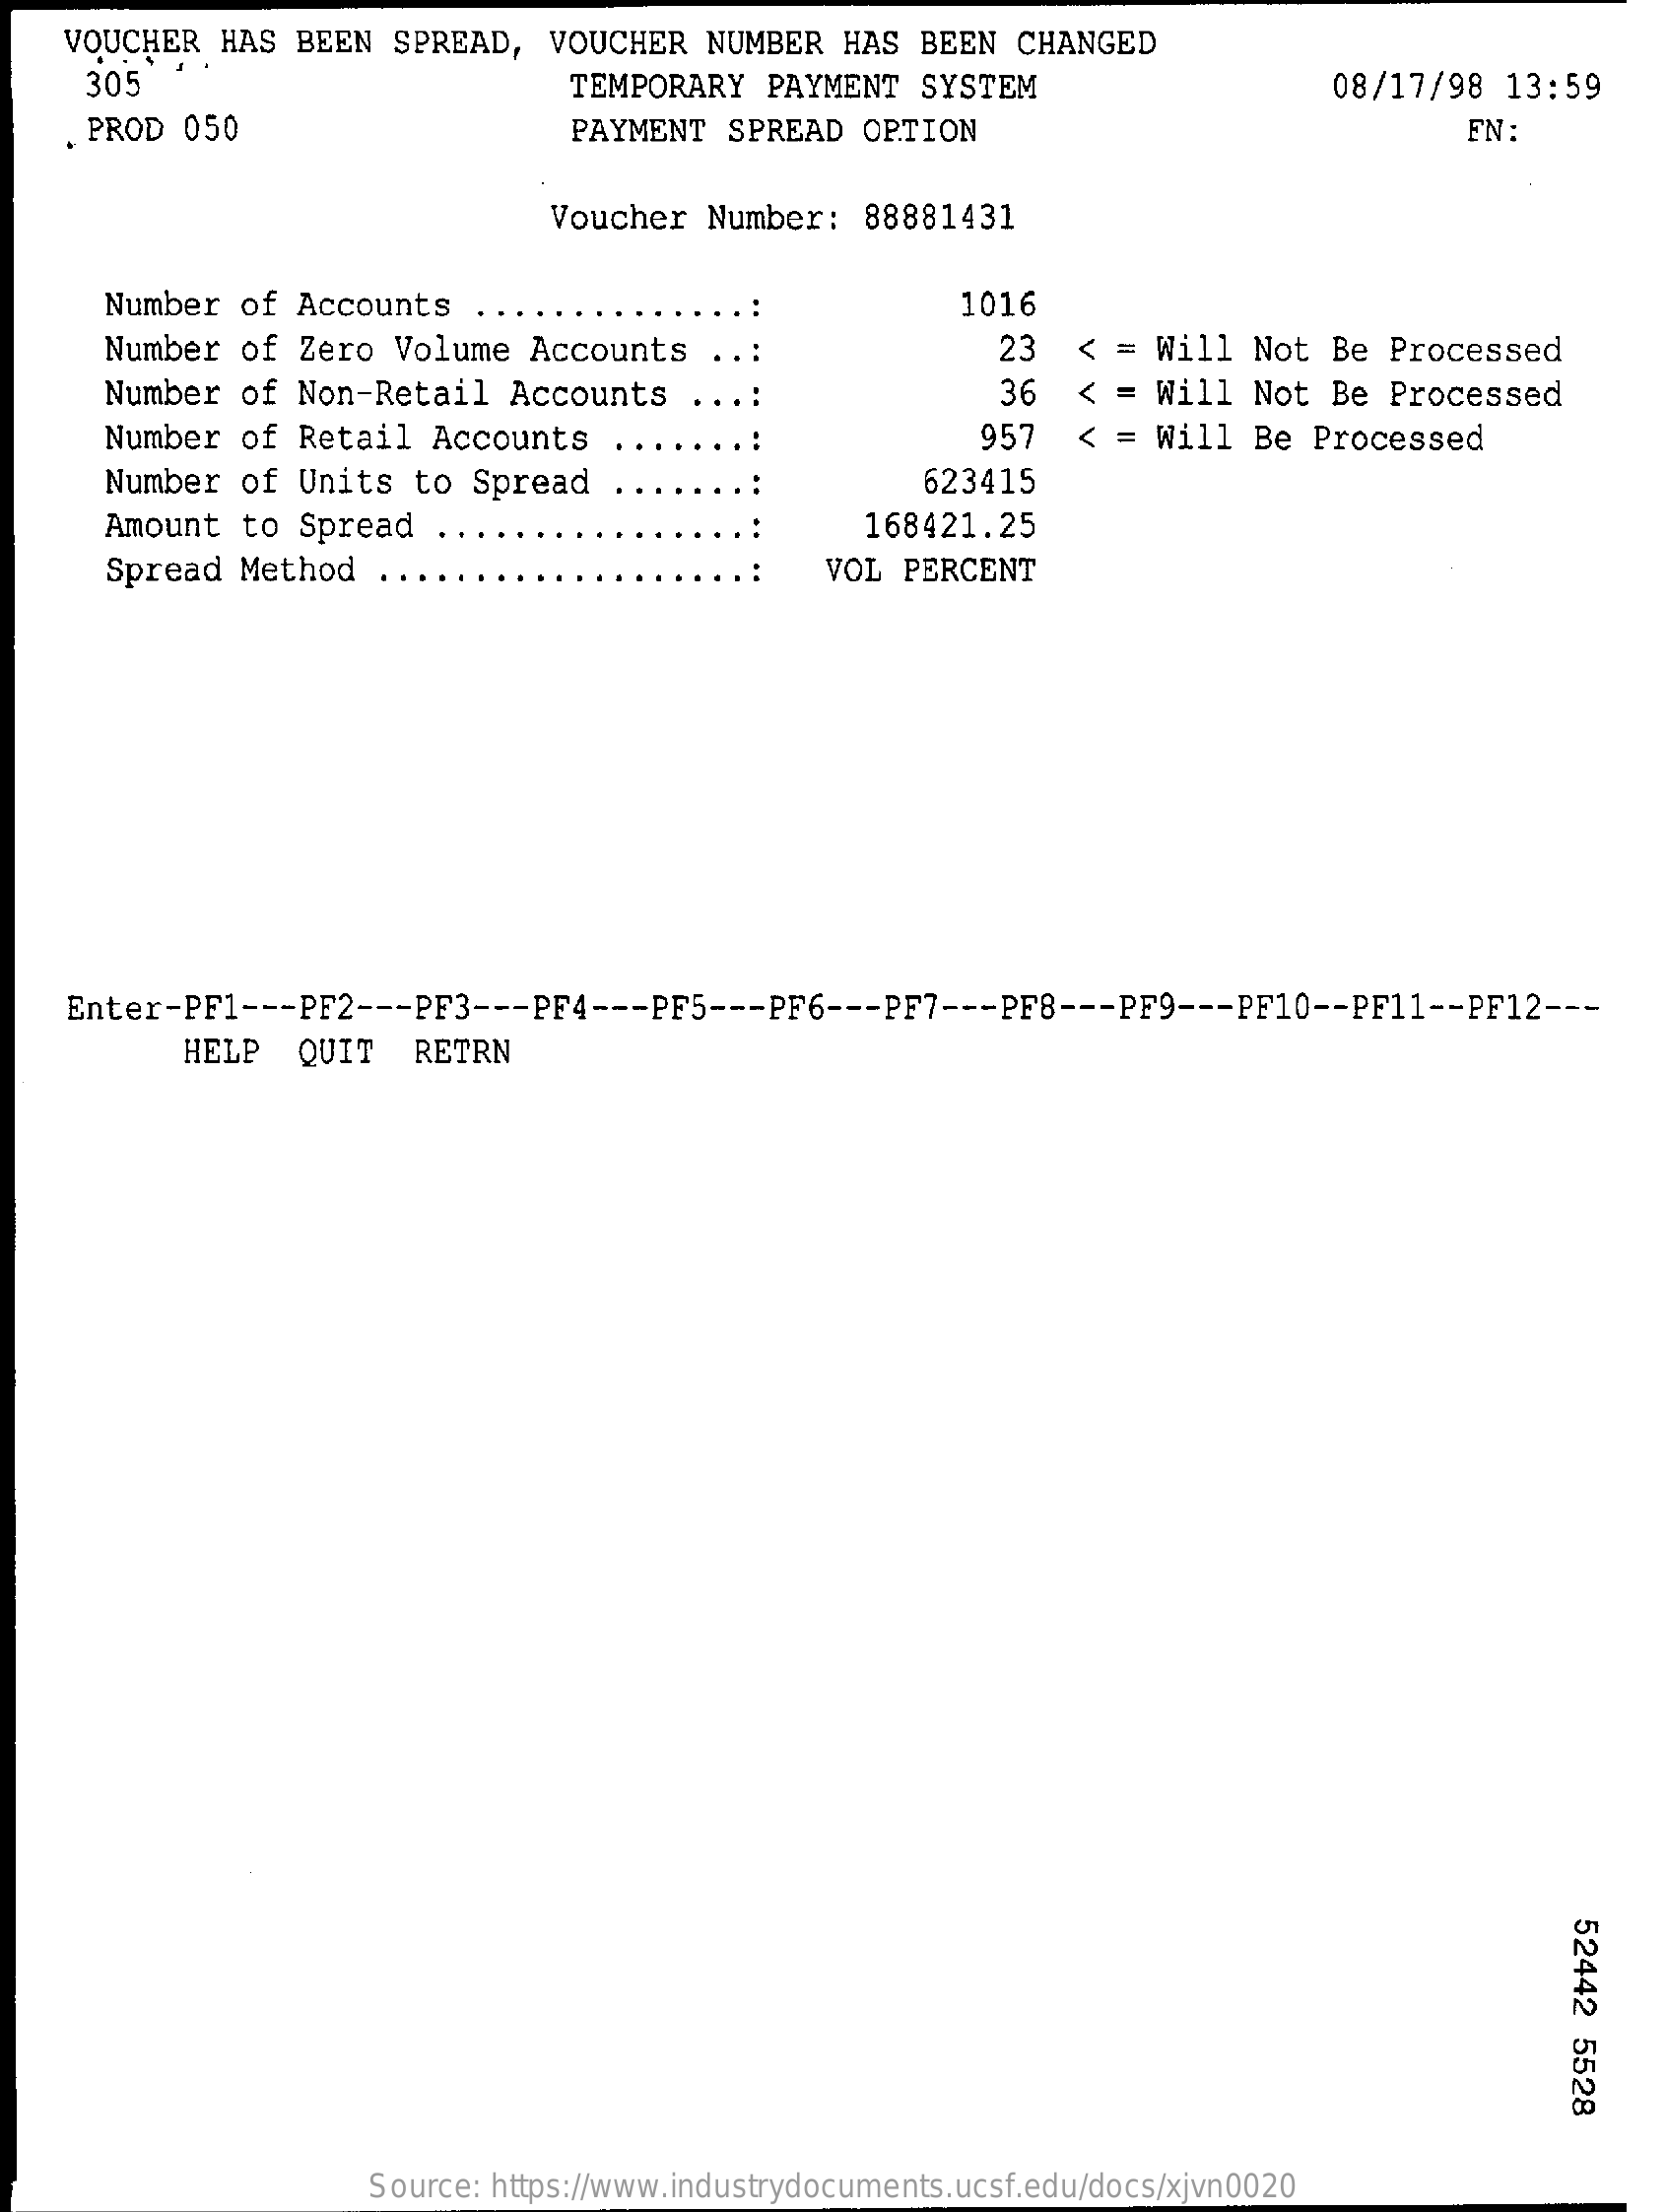
VOUCHER HAS BEEN SPREAD, VOUCHER NUMBER HAS BEEN CHANGED
     305    TEMPORARY PAYMENT SYSTEM    08/17/98 13:59
     PROD 050    PAYMENT SPREAD OPTION    FN:
     Voucher Number: 88881431
     Number of Accounts ..    1016
     Number of Zero Volume Accounts    23  < = Will Not Be Processed
     Number of Non-Retail Accounts    36  < = Will Not Be Processed
     Number of Retail Accounts    957  < = Will Be Processed
     Number of Units to Spread    623415
     Amount to Spread ..    168421.25
     Spread Method    VOL PERCENT
    Enter-PF1 --- PF2 --- PF3 --- PF4 --- PF5 --- PF6 --- PF7 --- PF8 --- PF9 --- PF10 -- PF11 -- PF12 ---
     HELP QUIT  RETRN
     52442
     5528
     Source: https://www.industrydocuments.ucsf.edu/docs/xjvn0020